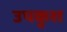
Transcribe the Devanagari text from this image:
उपकुश